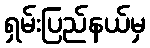
ရှမ်းပြည်နယ်မှ